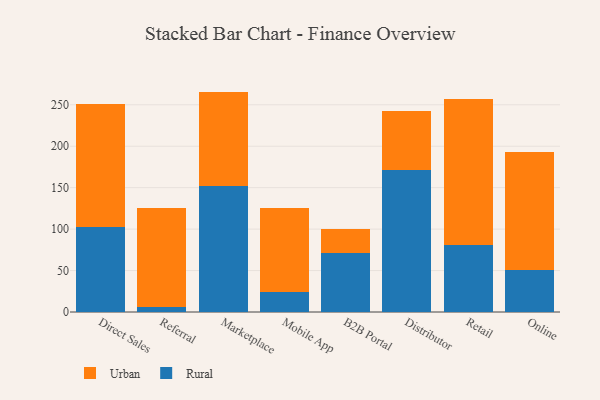
{"axis": {"x": "Channel", "y": "Production Output"}, "legend": ["Rural", "Urban"], "data": [{"x": "Direct Sales", "y": 102.4, "type": "Rural"}, {"x": "Direct Sales", "y": 148.6, "type": "Urban"}, {"x": "Referral", "y": 5.8, "type": "Rural"}, {"x": "Referral", "y": 120.1, "type": "Urban"}, {"x": "Marketplace", "y": 152.4, "type": "Rural"}, {"x": "Marketplace", "y": 113.5, "type": "Urban"}, {"x": "Mobile App", "y": 24.2, "type": "Rural"}, {"x": "Mobile App", "y": 101.4, "type": "Urban"}, {"x": "B2B Portal", "y": 71.0, "type": "Rural"}, {"x": "B2B Portal", "y": 29.5, "type": "Urban"}, {"x": "Distributor", "y": 171.5, "type": "Rural"}, {"x": "Distributor", "y": 71.1, "type": "Urban"}, {"x": "Retail", "y": 81.1, "type": "Rural"}, {"x": "Retail", "y": 175.9, "type": "Urban"}, {"x": "Online", "y": 50.5, "type": "Rural"}, {"x": "Online", "y": 142.3, "type": "Urban"}]}